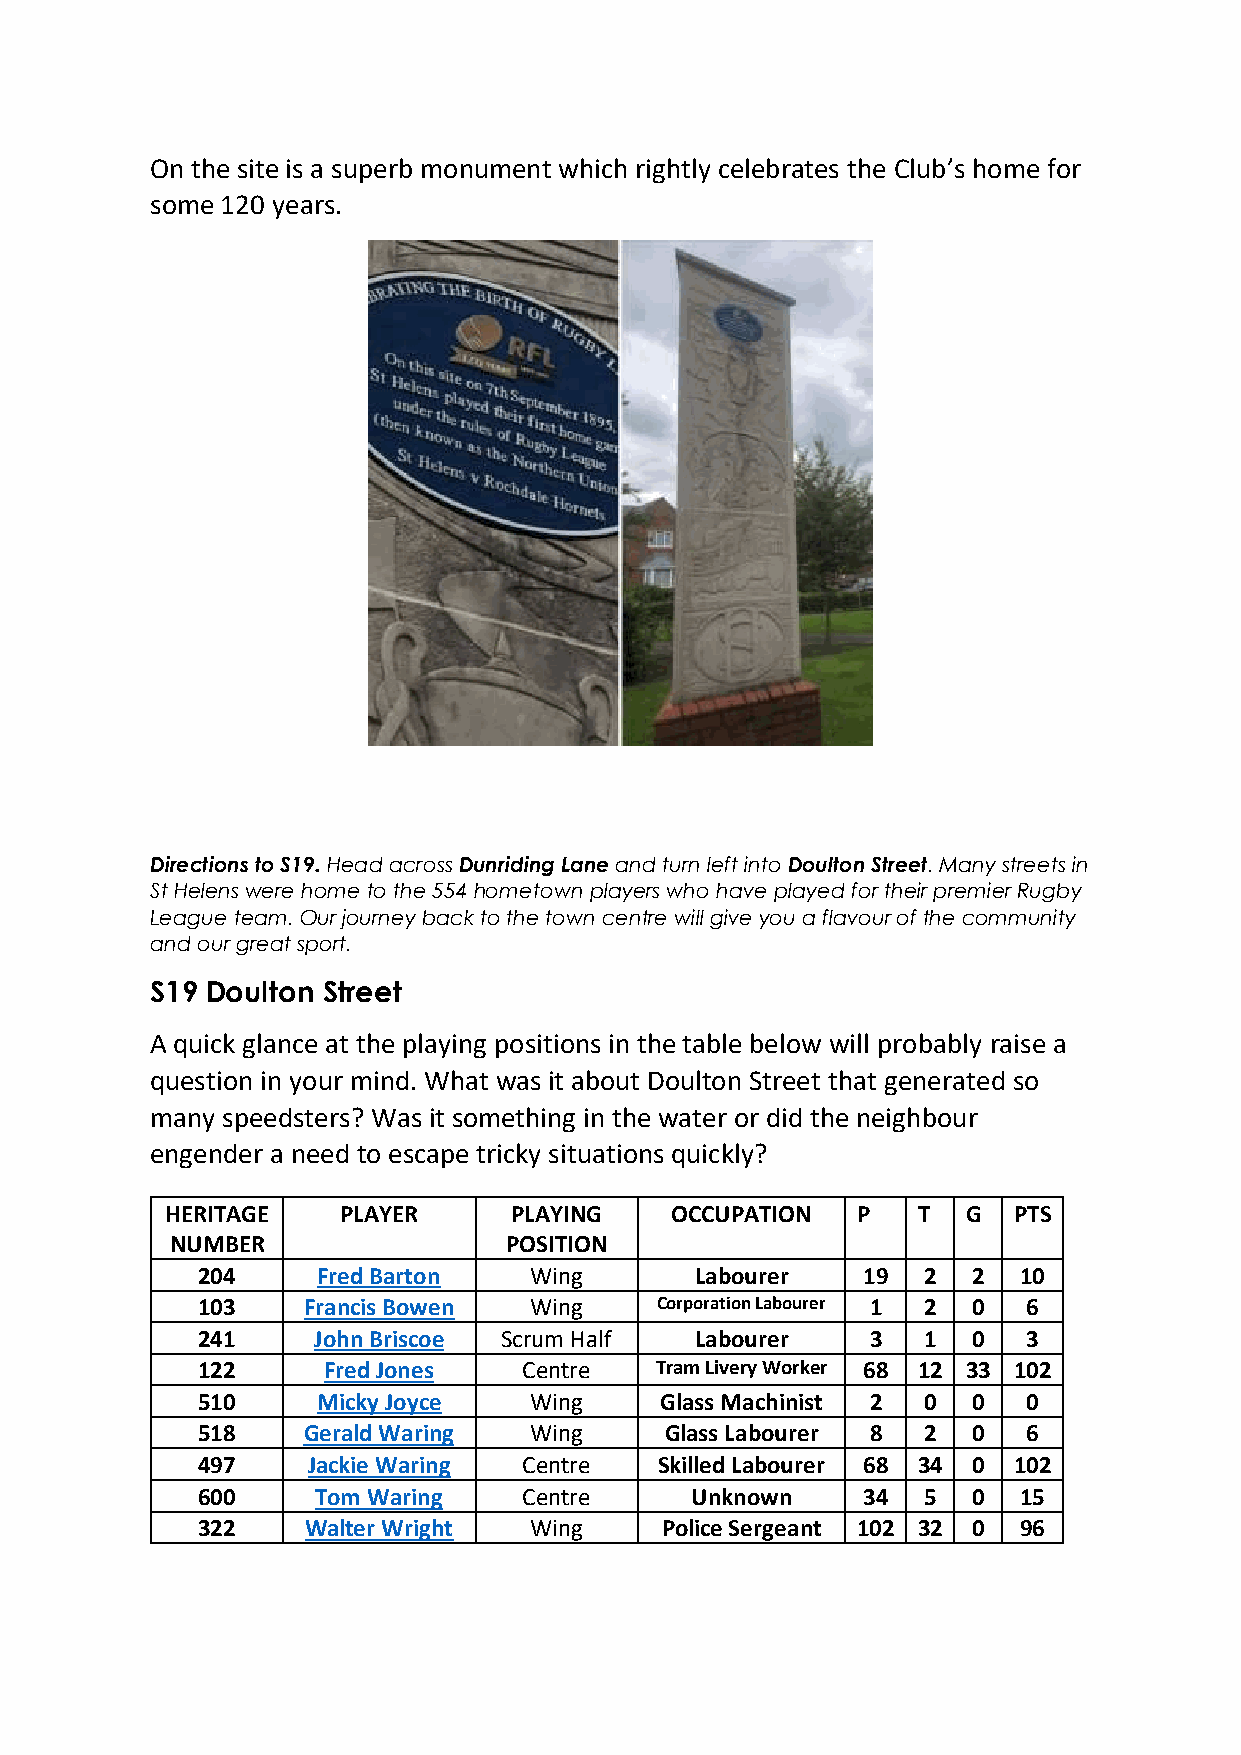
On the site is a superb monument which rightly celebrates the Club’s home for
 some 120 years.
 Directions to S19. Head across Dunriding Lane and turn left into Doulton Street. Many streets in
 St Helens were home to the 554 hometown players who have played for their premier Rugby
 League team. Our journey back to the town centre will give you a flavour of the community
 and our great sport.
 S19 Doulton Street
 A quick glance at the playing positions in the table below will probably raise a
 question in your mind. What was it about Doulton Street that generated so
 many speedsters? Was it something in the water or did the neighbour
 engender a need to escape tricky situations quickly?
 HERITAGE   PLAYER      PLAYING   OCCUPATION   P   T  G  PTS
 NUMBER                POSITION
 204     Fred Barton   Wing       Labourer   19  2  2  10
 103    Francis Bowen  Wing    Corporation Labourer 1 2 0 6
 241     John Briscoe Scrum Half  Labourer    3  1  0   3
 122     Fred Jones    Centre  Tram Livery Worker 68 12 33 102
 510     Micky Joyce   Wing     Glass Machinist 2 0 0   0
 518    Gerald Waring  Wing     Glass Labourer 8 2  0   6
 497    Jackie Waring  Centre   Skilled Labourer 68 34 0 102
 600     Tom Waring    Centre     Unknown    34  5  0  15
 322    Walter Wright  Wing     Police Sergeant 102 32 0 96